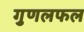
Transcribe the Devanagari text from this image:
गुणलफल